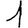
Digit: 1